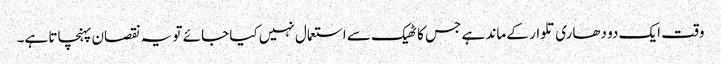
وقت ایک دو دھاری تلوار کے ماند ہے جس کا ٹھیک سے استعمال نہیں کیا جائے تو یہ نقصان پہنچاتا ہے۔